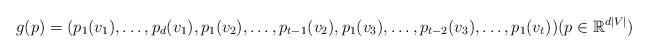
LaTeX: \begin{align*}g(p)=(p_1(v_1), \dots, p_d(v_1),p_1(v_2), \dots, p_{t-1}(v_2), p_1(v_3),\dots, p_{t-2}(v_3),\dots, p_1(v_t))(p\in \mathbb{R}^{d|V|})\end{align*}